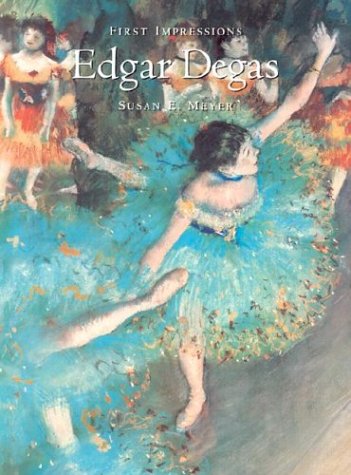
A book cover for First Impressions: Edgar Degas (First Impressions Series); Susan E. Meyer; Teen & Young Adult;